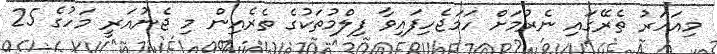
މިއަހަރު ތެރޭގައި ނެރުމަށް ހަމަޖެހިފައިވާ ފިލްމުތަކުގެ ތެރެއިން މި ޖެނުއަރީ މަހުގެ 25